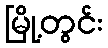
မြို့တွင်း